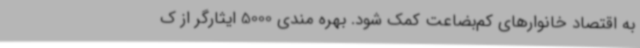
به اقتصاد خانوارهای کم‌بضاعت کمک شود. بهره مندی 5000 ایثارگر از ک